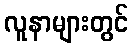
လူနာများတွင်